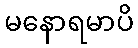
မနောရမာပိ